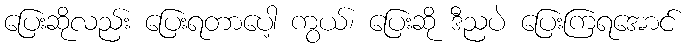
ပြေးဆိုလည်း ပြေးရတာပေါ့ ကွယ်၊ ပြေးဆို ဒီညပဲ ပြေးကြရအောင်